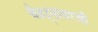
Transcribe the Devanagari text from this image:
चेहऱ्यावरची